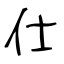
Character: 仕